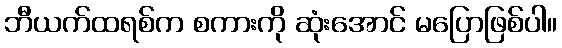
ဘီယက်ထရစ်က စကားကို ဆုံးအောင် မပြောဖြစ်ပါ။